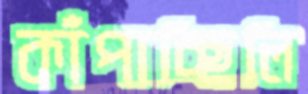
কাঁপাচ্ছিলি